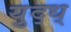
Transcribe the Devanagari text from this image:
युद्ध्